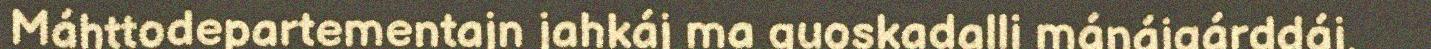
Máhttodepartementajn jahkáj ma guoskadalli mánájgárddáj,